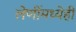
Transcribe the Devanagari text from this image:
लेणींमध्येही